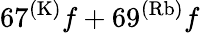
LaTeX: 67^{(\mathrm{K)}}f+69^{(\mathrm{Rb)}}f